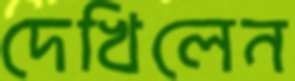
দেখিলেন